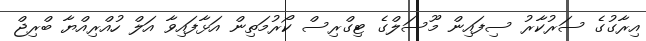
އިރާގުގެ ސަރުކާރު ސިފައިން މޫސަލްގެ ޓިގްރިސް ކޯރުމަތިން އަޅާފައިވާ އަލް ހުއްރިއްޔާ ބްރިޖް